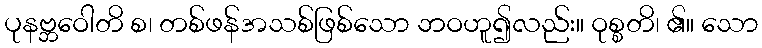
ပုနဗ္ဘဝေါတိ စ၊ တစ်ဖန်အသစ်ဖြစ်သော ဘဝဟူ၍လည်း။ ဝုစ္စတိ၊ ၏။ သော